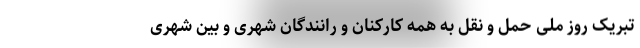
تبریک روز ملی حمل و نقل به همه کارکنان و رانندگان شهری و بین شهری